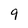
Character: 9